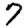
Digit: 7